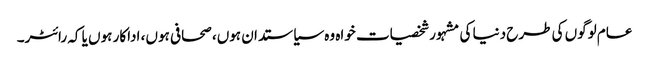
عام لوگوں کی طرح دنیا کی مشہور شخصیات خواہ وہ سیاستدان ہوں، صحافی ہوں، اداکار ہوں یا کہ رائٹر۔